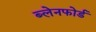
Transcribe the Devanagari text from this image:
ब्लेनफोर्ड